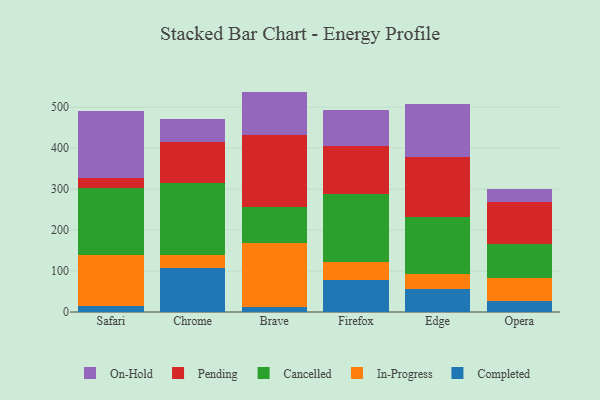
{"axis": {"x": "Browser", "y": "Budget (USD K)"}, "legend": ["Cancelled", "Completed", "In-Progress", "On-Hold", "Pending"], "data": [{"x": "Safari", "y": 15.5, "type": "Completed"}, {"x": "Safari", "y": 123.8, "type": "In-Progress"}, {"x": "Safari", "y": 163.4, "type": "Cancelled"}, {"x": "Safari", "y": 23.5, "type": "Pending"}, {"x": "Safari", "y": 164.0, "type": "On-Hold"}, {"x": "Chrome", "y": 108.5, "type": "Completed"}, {"x": "Chrome", "y": 29.9, "type": "In-Progress"}, {"x": "Chrome", "y": 175.9, "type": "Cancelled"}, {"x": "Chrome", "y": 100.9, "type": "Pending"}, {"x": "Chrome", "y": 57.2, "type": "On-Hold"}, {"x": "Brave", "y": 11.5, "type": "Completed"}, {"x": "Brave", "y": 158.0, "type": "In-Progress"}, {"x": "Brave", "y": 87.2, "type": "Cancelled"}, {"x": "Brave", "y": 175.1, "type": "Pending"}, {"x": "Brave", "y": 106.3, "type": "On-Hold"}, {"x": "Firefox", "y": 77.6, "type": "Completed"}, {"x": "Firefox", "y": 43.4, "type": "In-Progress"}, {"x": "Firefox", "y": 168.1, "type": "Cancelled"}, {"x": "Firefox", "y": 116.1, "type": "Pending"}, {"x": "Firefox", "y": 88.5, "type": "On-Hold"}, {"x": "Edge", "y": 56.0, "type": "Completed"}, {"x": "Edge", "y": 36.4, "type": "In-Progress"}, {"x": "Edge", "y": 138.6, "type": "Cancelled"}, {"x": "Edge", "y": 147.0, "type": "Pending"}, {"x": "Edge", "y": 129.4, "type": "On-Hold"}, {"x": "Opera", "y": 28.0, "type": "Completed"}, {"x": "Opera", "y": 54.4, "type": "In-Progress"}, {"x": "Opera", "y": 83.1, "type": "Cancelled"}, {"x": "Opera", "y": 102.6, "type": "Pending"}, {"x": "Opera", "y": 32.0, "type": "On-Hold"}]}